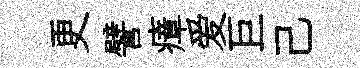
更譬瘴爱巨己